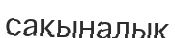
сақыналық